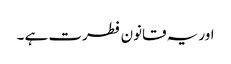
اور یہ قانون فطرت ہے ۔